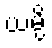
ယမ္ပိ